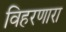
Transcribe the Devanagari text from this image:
विहरणारा